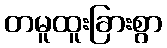
တမူထူးခြားစွာ